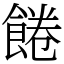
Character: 𩜇